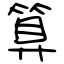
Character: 算